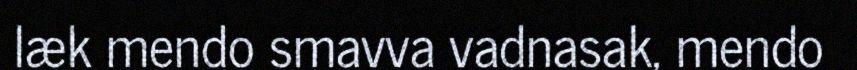
læk mendo smavva vadnasak, mendo